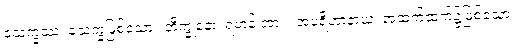
သေက္ခဿ၊ သေက္ခဖြစ်သော။ ဘိက္ခုနော၊ ရဟန်းအား။ အပရိဟာနာယ၊ အထက်ထက်၌ဖြစ်သော